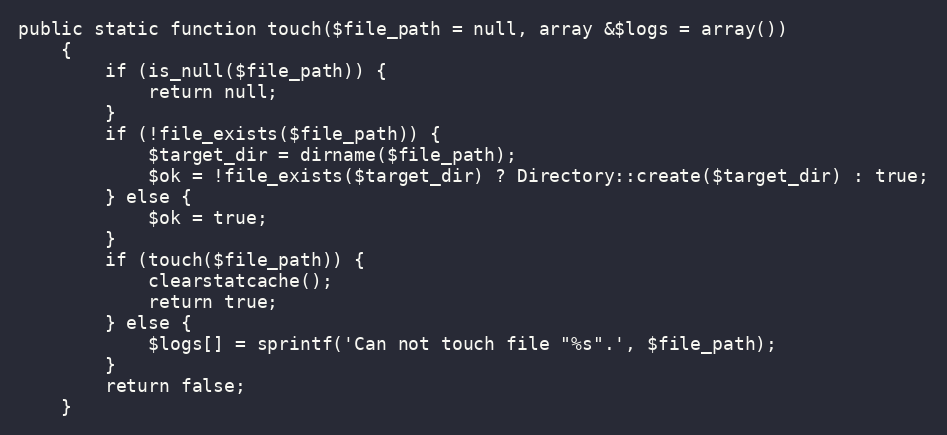
Language: PHP
public static function touch($file_path = null, array &$logs = array())
    {
        if (is_null($file_path)) {
            return null;
        }
        if (!file_exists($file_path)) {
            $target_dir = dirname($file_path);
            $ok = !file_exists($target_dir) ? Directory::create($target_dir) : true;
        } else {
            $ok = true;
        }
        if (touch($file_path)) {
            clearstatcache();
            return true;
        } else {
            $logs[] = sprintf('Can not touch file "%s".', $file_path);
        }
        return false;
    }